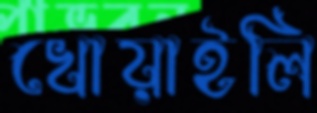
খোয়াইলি